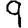
Digit: 9